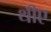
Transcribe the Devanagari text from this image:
थीए